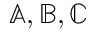
\mathbb { A } , \mathbb { B } , \mathbb { C }